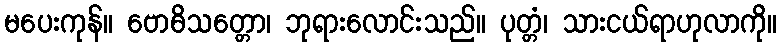
မပေးကုန်။ ဗောဓိသတ္တော၊ ဘုရားလောင်းသည်။ ပုတ္တံ၊ သားငယ်ရာဟုလာကို။